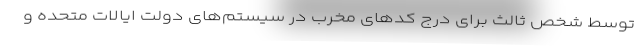
توسط شخص ثالث برای درج کدهای مخرب در سیستم‌های دولت ایالات متحده و